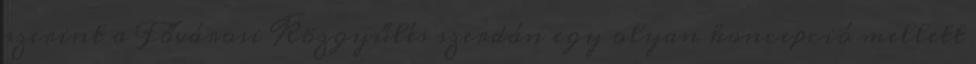
szerint a Fővárosi Közgyűlés szerdán egy olyan koncepció mellett